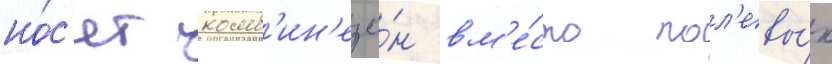
но́с'ят комб'ин'езо́н вм'е́сто пол'евы́х